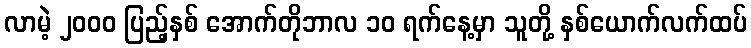
လာမဲ့ ၂၀၀၀ ပြည့်နှစ် အောက်တိုဘာလ ၁၀ ရက်နေ့မှာ သူတို့ နှစ်ယောက်လက်ထပ်